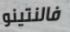
فالنتينو